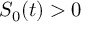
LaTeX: S _ { 0 } ( t ) > 0